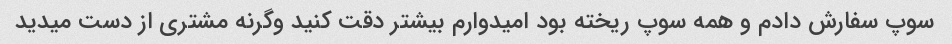
سوپ سفارش دادم و همه سوپ ریخته بود امیدوارم بیشتر دقت کنید وگرنه مشتری از دست میدید